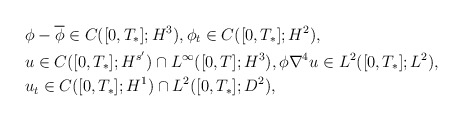
\begin{align*}& \phi-\overline{\phi} \in C([0,T_*];H^3), \phi_t \in C([0,T_*];H^2),\\& u\in C([0,T_*]; H^{s'})\cap L^\infty([0,T]; H^3), \phi \nabla^4 u\in L^2([0,T_*] ; L^2), \\& u_t \in C([0,T_*]; H^1)\cap L^2([0,T_*] ; D^2),\end{align*}